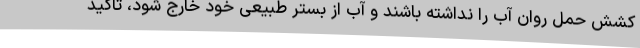
کشش حمل روان آب را نداشته باشند و آب از بستر طبیعی خود خارج شود، تاکید